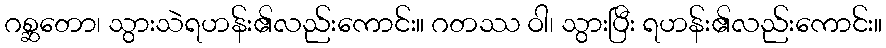
ဂစ္ဆတော၊ သွားသဲရဟန်း၏လည်းကောင်း။ ဂတဿ ဝါ၊ သွားပြီး ရဟန်း၏လည်းကောင်း။